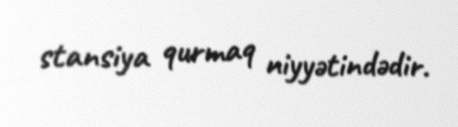
stansiya qurmaq niyyətindədir.